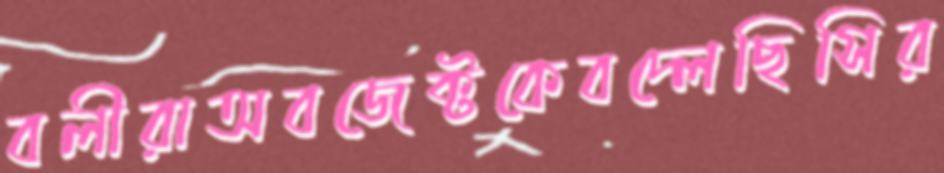
বলীরাঅবজেক্টকেবদ্‌লেছিসির